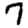
Digit: 7